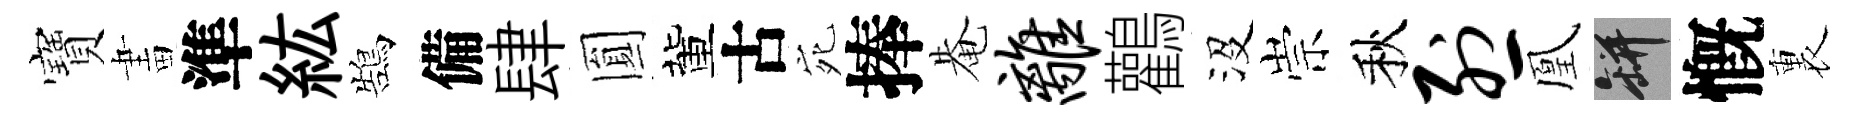
寶畫準紘鵠備肆圎董古宛捧𤲅离鸛沒崇秋烈凰瓶慨裏